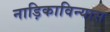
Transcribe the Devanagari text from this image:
नाड़िकाविन्यास